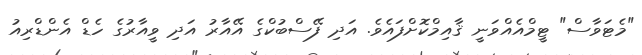
"މެޓަވާސް" ޓީމްއެއްވަނީ ޤާއިމްކޮށްފައެވެ. އަދި ފޭސްބުކްގެ އޭއާރު އަދި ވީއާރުގެ ހެޑް އެންޑްރިއު